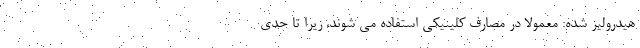
هیدرولیز شده: معمولاً در مصارف کلینیکی استفاده می شوند، زیرا تا حدی